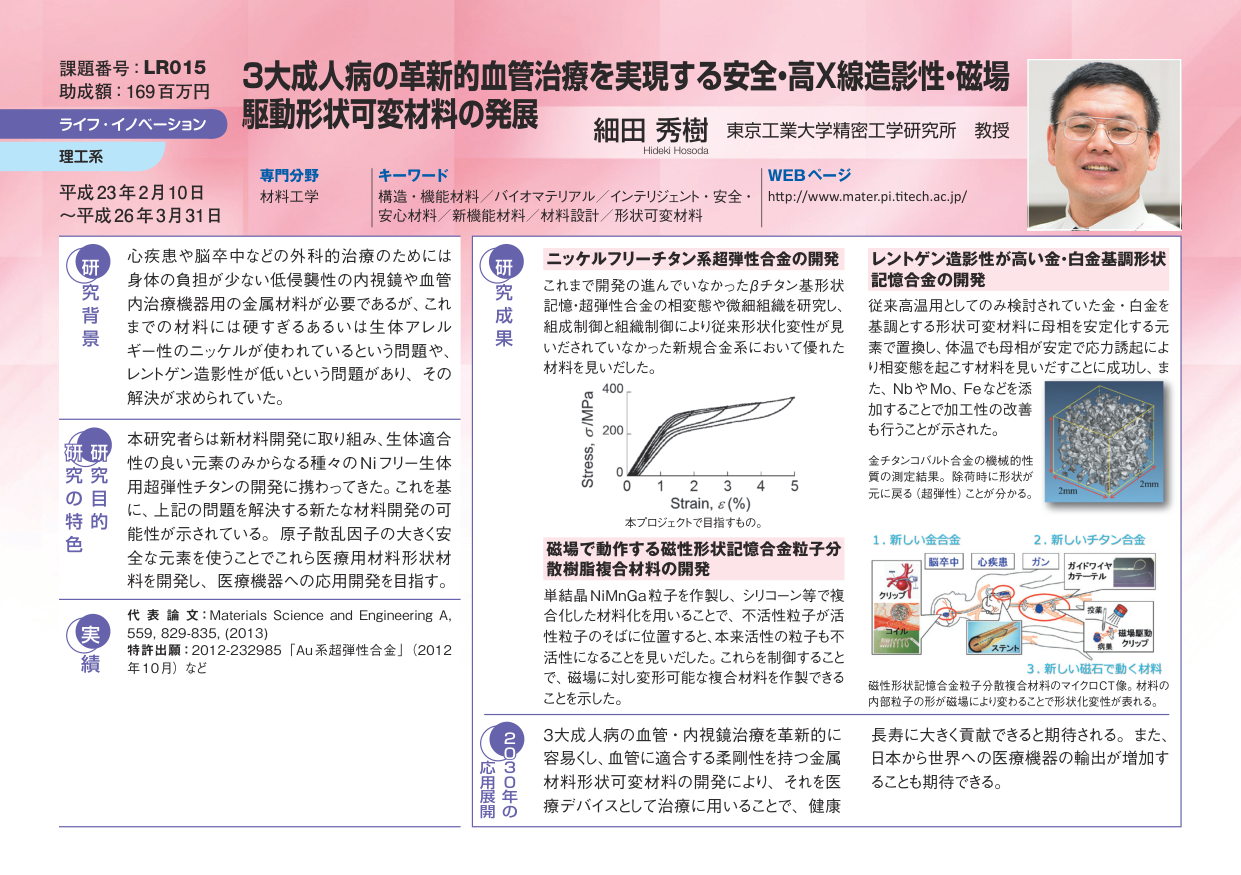
課題番号：LR015
助成額：169百万円
ライフ・イノベーション
理工系
平成23年2月10日
～平成26年3月31日

3大成人病の革新的血管治療を実現する安全・高X線造影性・磁場駆動形状可変材料の発展
細田 秀樹 東京工業大学精密工学研究所 教授
Hideki Hosoda

専門分野
材料工学

キーワード
構造・機能材料／バイオマテリアル／インテリジェント・安全・安心材料／新機能材料／材料設計／形状可変材料

WEBページ
http://www.mater.pi.titech.ac.jp/

研究背景
心疾患や脳卒中などの外科的治療のためには、身体の負担が少ない低侵襲性の内視鏡や血管内治療機器用の金属材料が必要であるが、これまでの材料には硬すぎるあるいは生体アルレルギー性のニッケルが使われているという問題や、レントゲン造影性が低いという問題があり、その解決が求められていた。

研究の目的・特色
本研究者らは新材料開発に取り組み、生体適合性の良い元素のみからなる種々のNiフリー生体用超弾性チタンの開発に携わってきた。これを基に、上記の問題を解決する新たな材料開発の可能性が示されている。原子散乱因子の大きく安全な元素を使ってどこぞれ医療用材料形状材料を開発し、医療機器への応用開発を目指す。

実績
代表論文：Materials Science and Engineering A, 559, 829-835, (2013)
特許出願：2012-232985「Au系超弾性合金」(2012年10月) など

研究成果
ニッケルフリーチタン系超弾性合金の開発
これまで開発の進んでいなかったβチタン基形状記憶・超弾性合金の相変態や微細組織を研究し、組成制御と組織制御により従来形状化変性が見いだされていなかった新規合金系において優れた材料を見いだした。

Stress, σ/Mpa
0 1 2 3 4 5
Strain, ε(%)
本プロジェクトで目指すもの。

レントゲン造影性が高い金・白金基調形状記憶合金の開発
従来高温用としてのみ検討されていた金・白金を基調とする形状可変材料に母相を安定化する元素で置換し、体温でも母相が安定で応力誘起により相変態を起こす材料を見いだすことに成功し、また、NbやMo、Feなどを添加することで加工性の改善も行うことが示された。

金チタンコバルト合金の機械的性質の測定結果。除荷時に形状が元に戻る（超弾性）ことが分かる。
2mm
2mm

磁場で動作する磁性形状記憶合金粒子分散樹脂複合材料の開発
単結晶NiMnGa粒子を作製し、シリコン等で複合化した材料化を用いることで、不活性粒子が活性粒子のそばに位置すると、本来活性の粒子も不活性になることを見いだした。これを制御することで、磁場に対し変形可能な複合材料を作製できることを示した。

1. 新しい金合金
脳卒中
心疾患
ガン
カイロイドカテーテル
クッピング
ステンシル
2. 新しいチタン合金
3. 新しい磁石で動く材料
磁性形状記憶合金粒子分散複合材料のマイクロCT像。材料の内部粒子の形が磁場により変わることで形状化変性が表れる。

応用展開
2030年の
3大成人病の血管・内視鏡治療を革新的に容易くし、血管に適合する柔剛性を持つ金属材料形状可変材料の開発により、それを医療デバイスとして治療に用いることで、健康長寿に大きく貢献できると期待される。また、日本から世界への医療機器の輸出が増加することも期待できる。